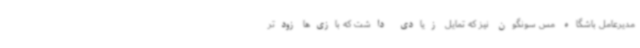
مدیرعامل باشگاه مس سونگون نیز که تمایل زیادی داشت که بازی‌ها زودتر